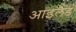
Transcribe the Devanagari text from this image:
आइलैड